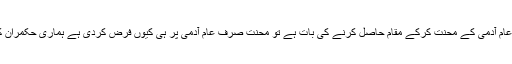
جہاں تک عام آدمی کے محنت کرکے مقام حاصل کرنے کی بات ہے تو محنت صرف عام آدمی پر ہی کیوں فرض کردی ہے ہماری حکمران کلاس نے؟